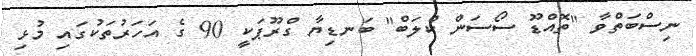
ނިސްބަތްވާ "ތޮއްޑޫ ސޯސަން ކްލަބް" ބަނޑިޔާ ގްރޫޕަކީ 90 ގެ އަހަރުތަކުގައި މުޅި